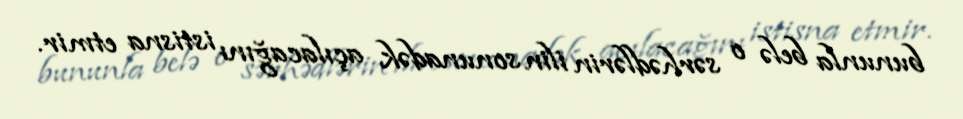
bununla belə o sərhədlərin ilin sonunadək açılacağını istisna etmir.